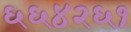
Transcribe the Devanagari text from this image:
६६४२६१